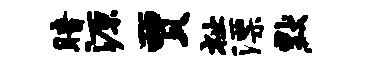
暗源贾祉漂默